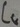
Text: CG